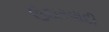
ઉદારવાદી